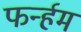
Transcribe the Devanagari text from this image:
फर्न्हम